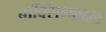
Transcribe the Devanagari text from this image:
बॉक्सिंगबद्दल